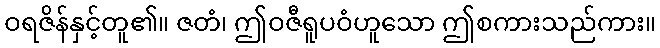
ဝရဇိန်နှင့်တူ၏။ ဇတံ၊ ဤဝဇီရူပဝံဟူသော ဤစကားသည်ကား။